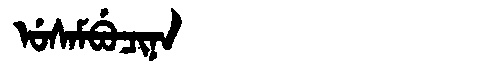
Manchu: ᡠᠰᠠᠮᠪᡠᠴᡳᠨᠠ
Romanization: USAMBUCINA